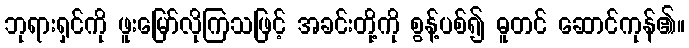
ဘုရားရှင်ကို ဖူးမြော်လိုကြသဖြင့် အခင်းတို့ကို စွန့်ပစ်၍ ဓူတင် ဆောင်ကုန်၏။